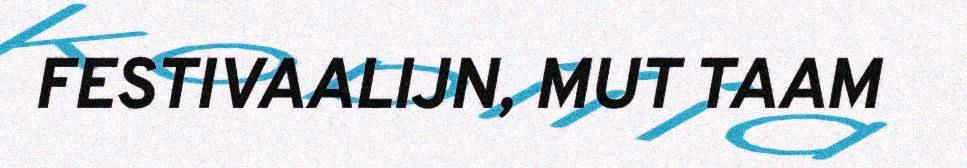
FESTIVAALIJN, MUT TAAM